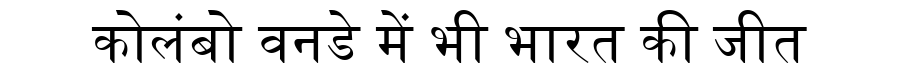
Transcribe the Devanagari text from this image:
कोलंबो वनडे में भी भारत की जीत